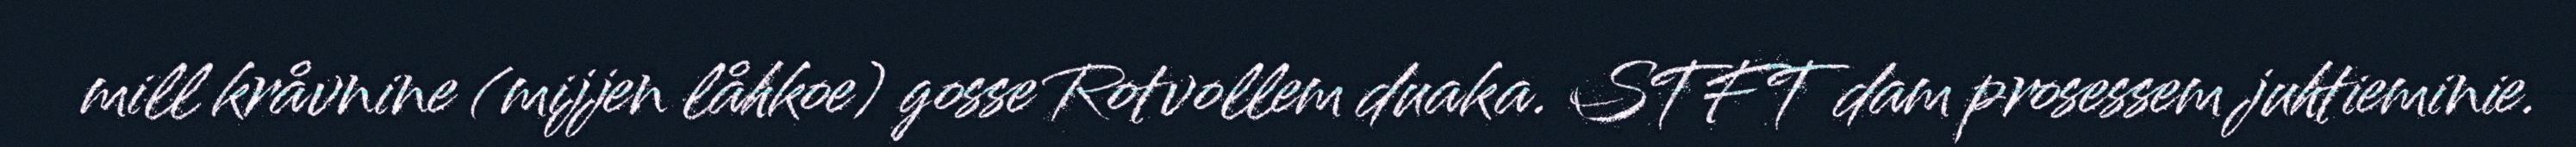
mill kråvnine (mijjen låhkoe) gosse Rotvollem duaka. STFT dam prosessem juhtieminie.